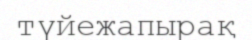
түйежапырақ